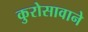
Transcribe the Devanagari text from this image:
कुरोसावाने